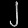
Digit: ၂